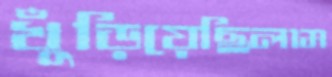
খুঁড়িয়েছিলাম